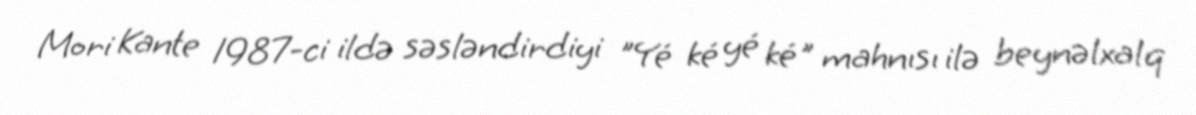
Mori Kante 1987-ci ildə səsləndirdiyi "Yé ké yé ké" mahnısı ilə beynəlxalq